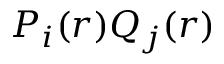
P _ { i } ( r ) Q _ { j } ( r )